Vaccination in Burma 1920-1933 - 1920-1933
Year: 1920
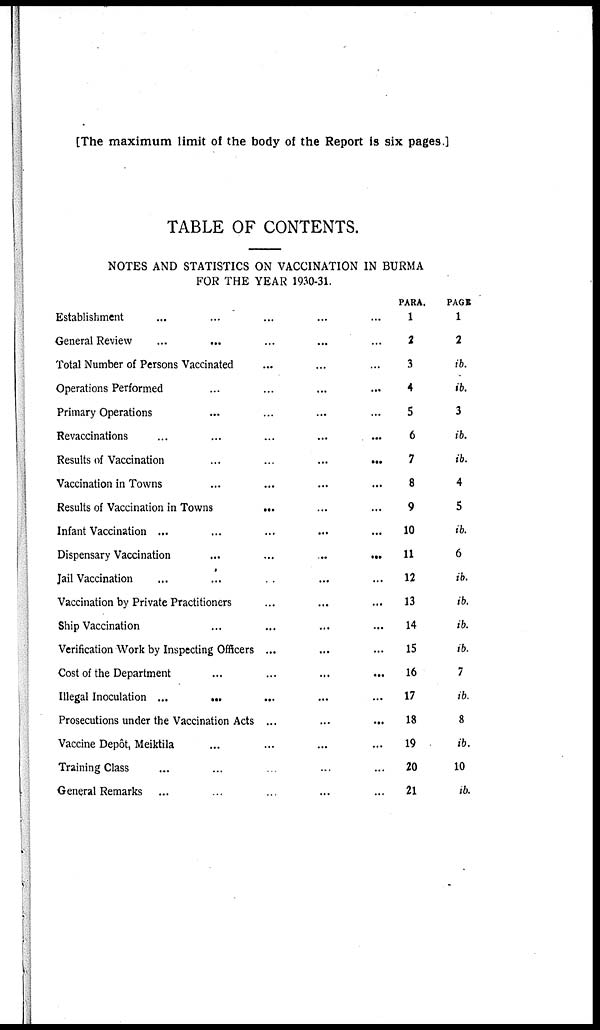
[The maximum limit of the body of the Report is six pages.]
TABLE OF CONTENTS.
NOTES AND STATISTICS ON VACCINATION IN BURMA
FOR THE YEAR 1930-31.
Establishment ... ... ... ... ...
General Review
...
...
...
...
Total Number of Persons Vaccinated ... ... ...
Operations Performed ... ... ... ...
Primary Operations ... ... ... ...
Revaccinations ... ... ... ... ...
Results of Vaccination
... ... ... ... ...
Vaccination in Towns ... ... ... ... ...
Results of Vaccination in Towns
... ... ...
Infant Vaccination ... ... ... ... ...
Dispensary Vaccination
... ... ... ...
Jail Vaccination ... ... ... ... ...
Vaccination by Private Practitioners ... ... ...
Ship Vaccination ... ... ... ... ...
Verification Work by Inspecting Officers ... ... ...
Cost of the Department
...
...
...
...
Illegal Inoculation ...
... ... ... ...
Prosecutions under the Vaccination Acts ...
...
...
Vaccine Depôt, Meiktila ... ... ... ...
Training Class ... ... ... ... ...
General Remarks
... ... ... ... ...
PARA.
1
2
3
4
5
6
7
8
9
10
11
12
13
14
15
16
17
18
19
20
21
PAGE
1
2
ib.
ib.
3
ib.
ib.
4
5
ib.
6
ib.
ib.
ib.
ib.
7
ib.
8
ib.
10
ib.